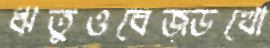
ঋতুওবেজ্ডখো